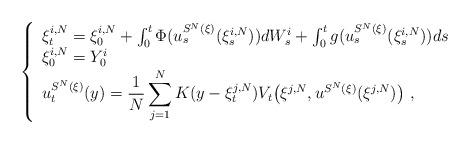
LaTeX: \begin{align*}\left \{\begin{array}{l}\xi^{i,N}_t= \xi^{i,N}_0 +\int_0^t\Phi(u^{S^N(\mathbf{\xi})}_s(\xi^{i,N}_s))dW^i_s+\int_0^tg(u^{S^N(\mathbf{\xi})}_s(\xi^{i,N}_s))ds \\\xi^{i,N}_0 = Y^i_0 \\u^{S^N(\mathbf{\xi})}_t(y)={\displaystyle \frac{1}{N}\sum_{j=1}^N K(y-\xi^{j,N}_t) V_t\big (\xi^{j,N},u^{S^N(\mathbf{\xi})}(\xi^{j,N})\big ) }\ ,\end{array}\right .\end{align*}